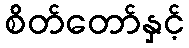
စိတ်တော်နှင့်